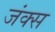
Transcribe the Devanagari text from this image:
जंक्स